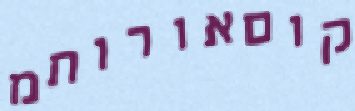
קוםאורותמ